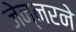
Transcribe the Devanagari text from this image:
जेन्नरने